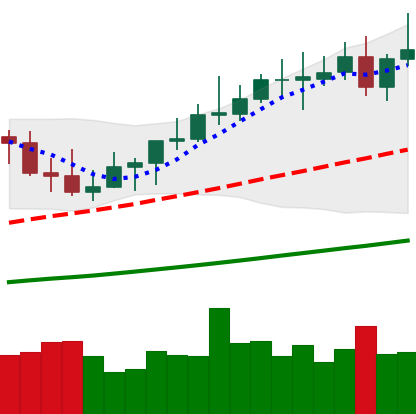
Ticker: XMR-USD
Chart end date: 2021-04-09
Forward return: 17.464%
Label: up_7plus